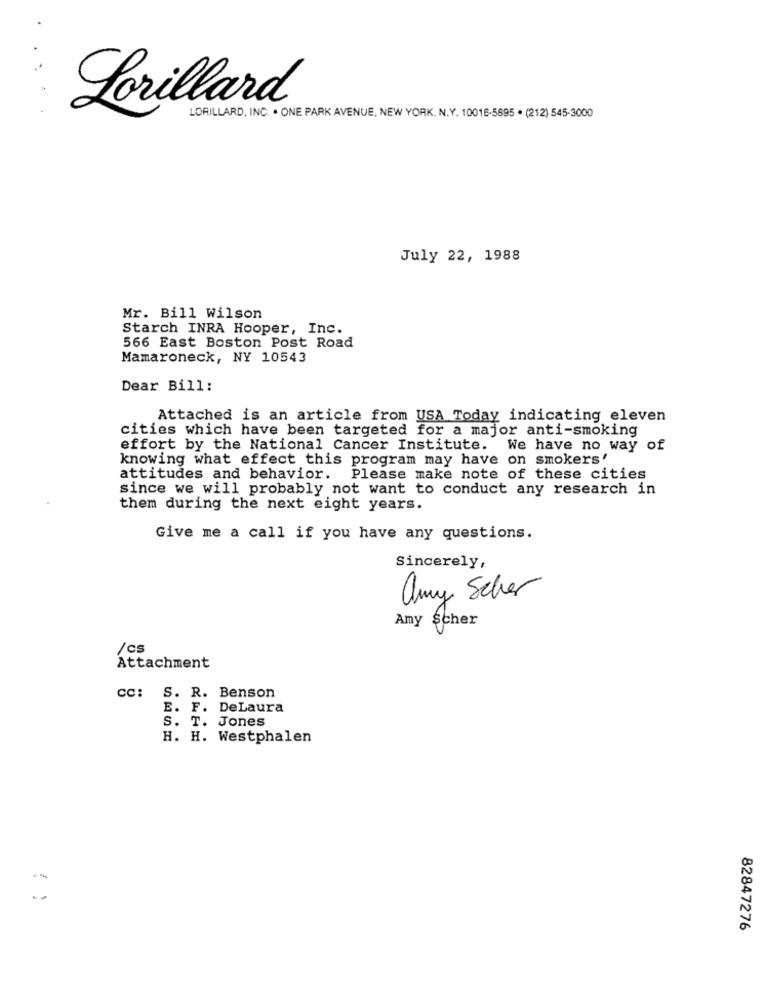
Lorillard
LORILLARD, INC. . ONE PARK AVENUE, NEW YORK. N.Y. 10016-5895 · (212) 545-3000
July 22, 1988
Mr. Bill Wilson
Starch INRA Hooper, Inc.
566 East Boston Post Road
Mamaroneck, NY 10543
Dear Bill:
Attached is an article from USA Today indicating eleven
cities which have been targeted for a major anti-smoking
effort by the National Cancer Institute. We have no way of
knowing what effect this program may have on smokers'
attitudes and behavior.
Please make note of these cities
since we will probably not want to conduct any research in
them during the next eight years.
Give me a call if you have any questions.
Sincerely,
amy Scher
Amy scher
/cs
Attachment
cc: S. R. Benson
E. F. DeLaura
S. T. Jones
H. H. Westphalen
82847276